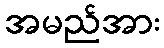
အမည်အား